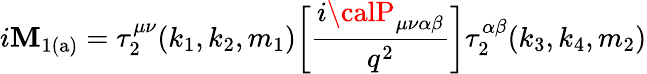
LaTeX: {i\cal\mathbf{M}}_{\mathrm{{1(a)}}}=\tau_{2}^{\mu\nu}(k_{1},k_{2},m_{1})\bigg[\frac{{i{\calP}_{\mu\nu\alpha\beta}}}{{q^{2}}}\bigg]\tau_{2}^{\alpha\beta}(k_{3},k_{4},m_{2})